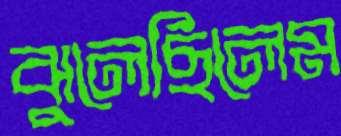
ঝুলেছিলেম